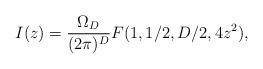
LaTeX: \begin{align*}I(z) = {\Omega_D\over (2\pi)^D} F(1,1/2,D/2,4 z^2),\end{align*}